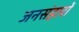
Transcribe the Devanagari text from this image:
जनसंहारों